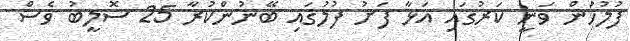
ފުލުހުން ވަނީ ކަރުގައި އަޅާ ފަށު ފުލުގައި ބޭނުންކުރާ 25 ސޮލީބު ވެސް